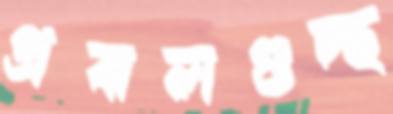
প্রবালগুচ্ছ